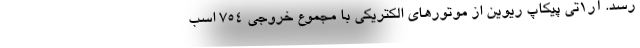
رسد. آر1تی پیکاپ ریوین از موتورهای الکتریکی با مجموع خروجی 754 اسب